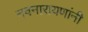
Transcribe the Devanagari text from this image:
नवनारायणांनी